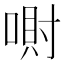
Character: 𪡮